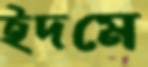
ইদমে